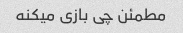
مطمئن چی بازی میکنه